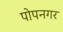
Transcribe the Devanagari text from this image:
पोपनगर